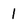
Character: 1